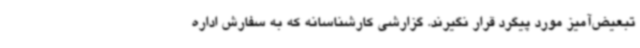
تبعیض‌آمیز مورد پیگرد قرار نگیرند. گزارشی کارشناسانه که به سفارش اداره